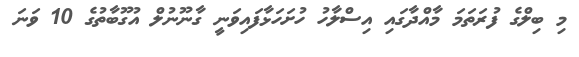
މި ބިލްގެ ފުރަތަމަ މާއްދާގައި އިސްލާހު ހުށަހަޅާފައިވަނީ ގާނޫނުލް އުގޫބާތުގެ 10 ވަނަ